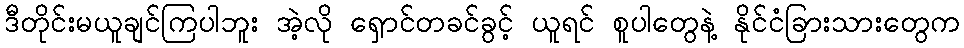
ဒီတိုင်းမယူချင်ကြပါဘူး အဲ့လို ရှောင်တခင်ခွင့် ယူရင် စူပါတွေနဲ့ နိုင်ငံခြားသားတွေက